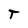
Character: T